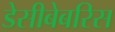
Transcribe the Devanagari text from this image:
डेसीबेबरिस